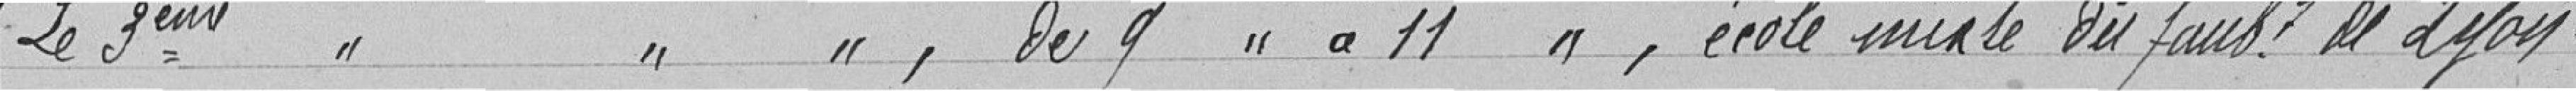
"Le troisième " " " , de 9 heures à 11 heures, école mixte du faubourg de Lyon